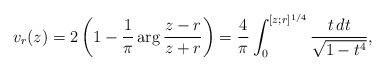
LaTeX: \begin{align*}v_r(z) = 2 \left(1 - \frac{1}{\pi} \arg\frac{z-r}{z+r}\right) = \frac{4}{\pi} \int_0^{[z;r]^{1/4}} \frac{t\, dt}{\sqrt{1-t^4}},\end{align*}